Report of the Imperial Institute of Veterinary Research, Muktesar
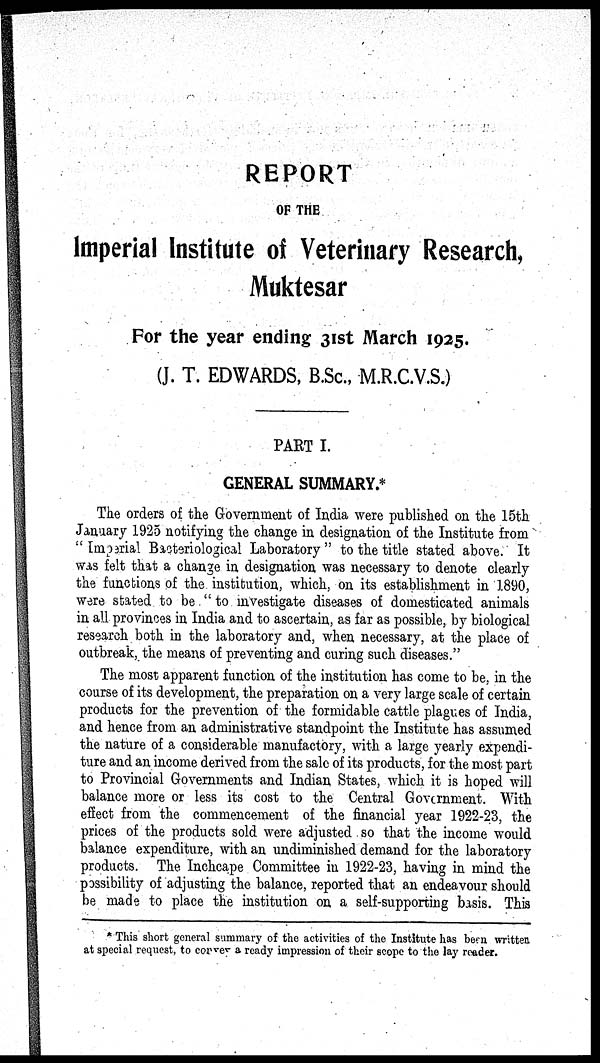
REPORT
OF THE
Imperial Institute of Veterinary Research,
Muktesar
For the year ending 31st March 1925.
(J. T. EDWARDS, B.Sc., M.R.C.V.S.)
PART I.
GENERAL SUMMARY.*
The orders of the Government of India were published on the 15th
January 1925 notifying the change in designation of the Institute from
"Imperial Bacteriological Laboratory" to the title stated above. It
was felt that a change in designation was necessary to denote clearly
the functions of the institution, which, on its establishment in 1890,
were stated to be "to investigate diseases of domesticated animals
in all provinces in India and to ascertain, as far as possible, by biological
research both in the laboratory and, when necessary, at the place of
outbreak, the means of preventing and curing such diseases."
The most apparent function of the institution has come to be, in the
course of its development, the preparation on a very large scale of certain
products for the prevention of the formidable cattle plagues of India,
and hence from an administrative standpoint the Institute has assumed
the nature of a considerable manufactory, with a large yearly expendi-
ture and an income derived from the sale of its products, for the most part
to Provincial Governments and Indian States, which it is hoped will
balance more or less its cost to the Central Government. With
effect from the commencement of the financial year 1922-23, the
prices of the products sold were adjusted so that the income would
balance expenditure, with an undiminished demand for the laboratory
products. The Inchcape Committee in 1922-23, having in mind the
possibility of adjusting the balance, reported that an endeavour should
be made to place the institution on a self-supporting basis. This
* This short general summary of the activities of the Institute has been written
at special request, to convey a ready impression of their scope to the lay reader.